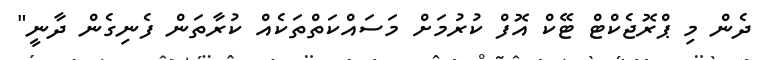
ދެން މި ޕްރޮޖެކްޓް ޓޭކް އޮފް ކުރުމަށް މަސައްކަތްތަކެއް ކުރާތަން ފެނިގެން ދާނީ"